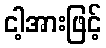
ငါ့အားဖြင့်